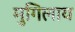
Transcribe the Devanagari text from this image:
मुगिलाय